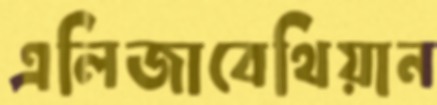
এলিজাবেথিয়ান